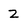
Character: Z